Vabadussoja_Ajaloo_Komitee, lk 3
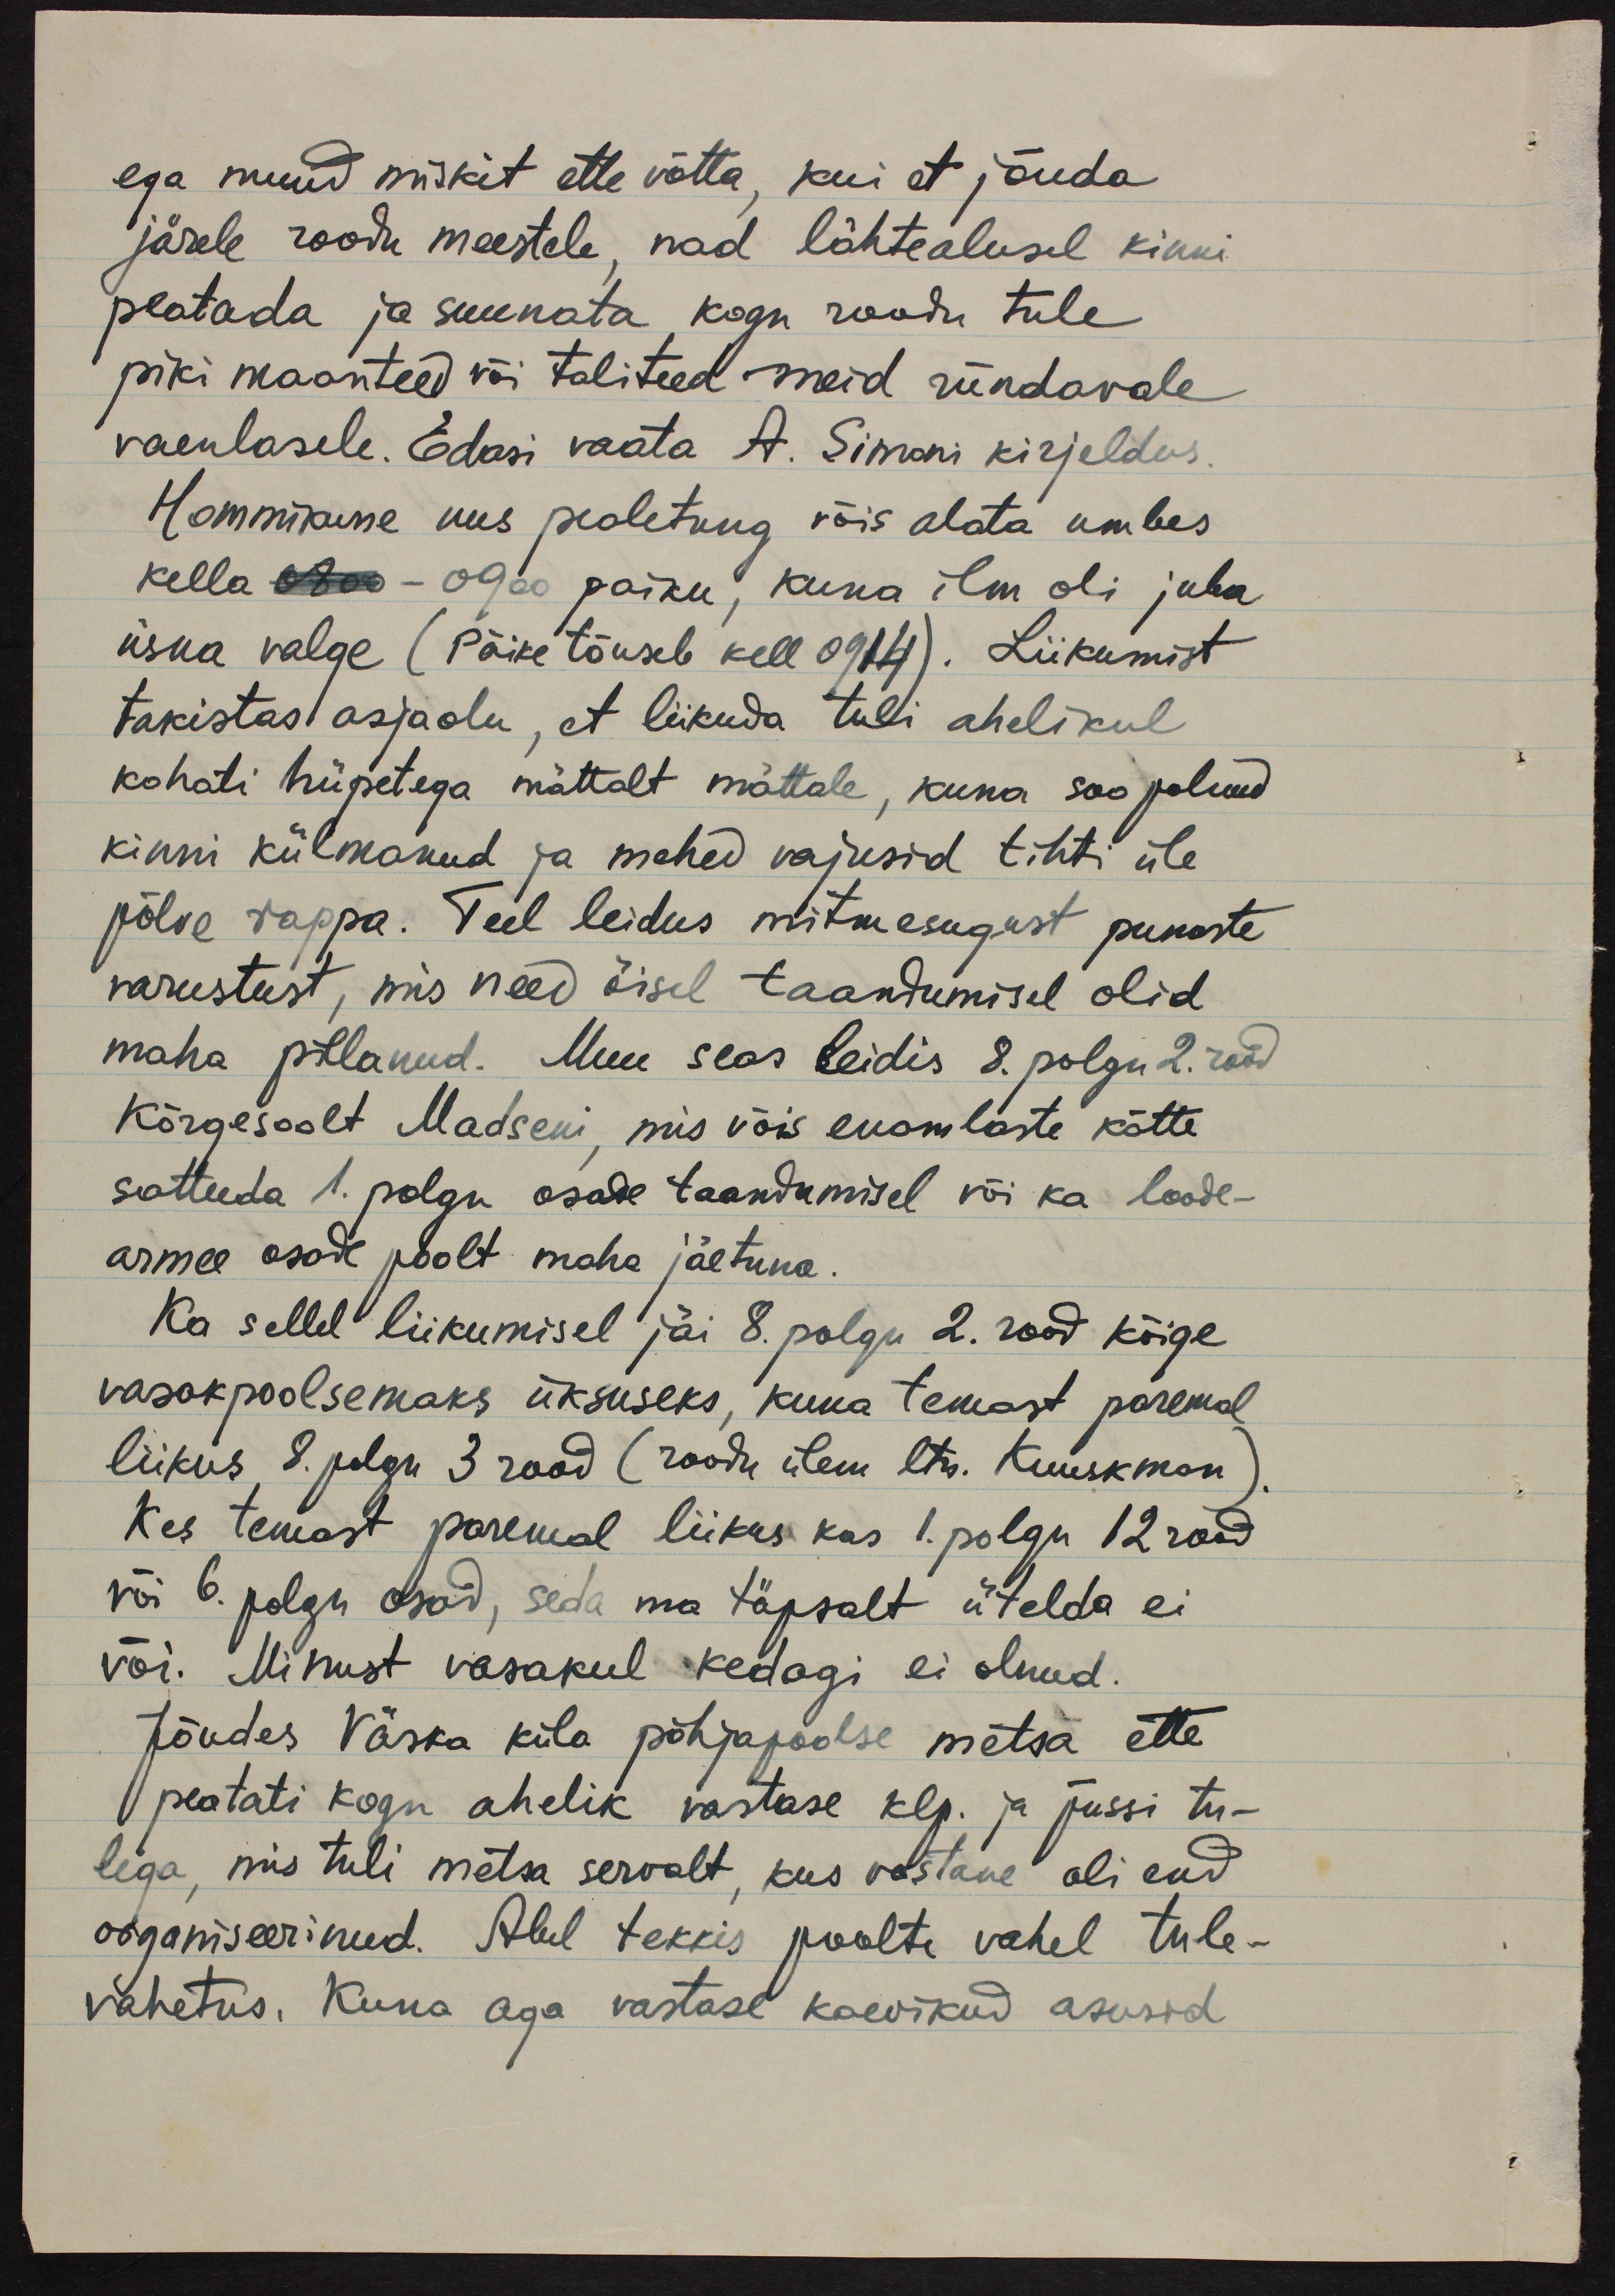
ega muud miskit ette võtta, kui et jõuda
järele roodu meestele, nad lähtealusel kinni
peatada ja suunata kogu roodu tule
piki maanteed või taliteed meid ründavale
vaenlasele. Edasi vaata A. Simoni kirjeldus.
Hommikune uus pealetung võis alata umbes
kella 0800-0900 paiku, kuna ilm oli juba
üsna valge (Päike tõuseb kell 0914). Liikumist
takistas asjaolu, et liikuda tuli ahelikul
kohati hüpetega mättalt mättale, kuna soo polnud
kinni külmanud ja mehed vajusid tihti üle
põlve rappa. Teel leidus mitmesugust punaste
varustust, mis need öisel taandumisel olid
maha pillanud. Muu seas leidis 8. polgu 2. rood
Kõrgesoolt Madseni, mis võis enamlaste kätte
sattuda 1. polgu osade taandumisel või ka loode-
armee osade poolt maha jäetuna.
Ka sellel liikumisel jäi 8. polgu 2. rood kõige
vasakpoolsemaks üksuseks, kuna temast paremal
liikus 8. polgu 3 rood (roodu ülem ltn. Kuuskman).
Kes temast paremal liikus kas 1. polgu 12 rood
või 6. polgu osad, seda ma täpsalt ütelda ei
või. Minust vasakul kedagi ei olnud.
Jõudes Väska küla põhjapoolse metsa ette
peatati kogu ahelik vastase klp. ja püssi tu-
lega, mis tuli metsa servalt, kus vastane oli end
organiseerinud. Alul tekkis poolte vahel tule-
vahetus. Kuna aga vastase kaevikud asusid